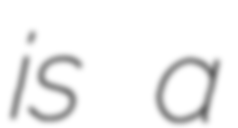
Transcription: is a